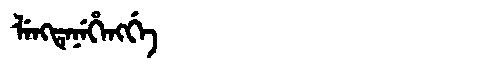
Manchu: ᠯᡝᠩᡨᡝᠨᡝᡥᡝᠩᡤᡝ
Romanization: LENGTENEHENGGE